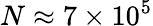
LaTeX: N\approx 7\times 10^{5}